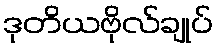
ဒုတိယဗိုလ်ချုပ်